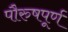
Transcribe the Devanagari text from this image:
पौरुषपूर्ण